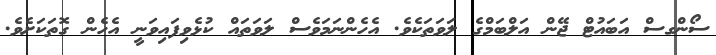
ސޯންގސް އަބައުޓް ޖޭން އަލްބަމްގެ ލަވަތަކެވެ. އެހެންނަމަވެސް ލަވަތައް ކުޅެވިފައިވަނީ އެހެން ގޮތަކަށެވެ.